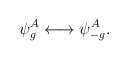
\begin{align*}\psi^A_{g}\longleftrightarrow \psi^A_{-g}.\end{align*}